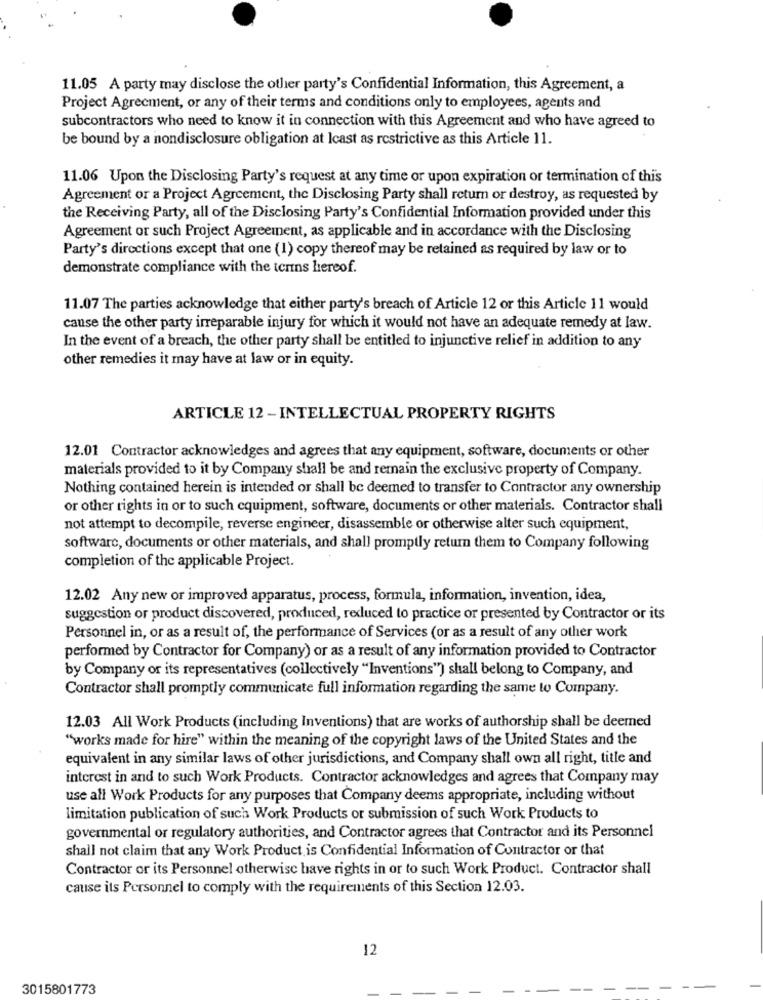
11.05 A party may disclose the other party's Confidential Information, this Agreement, a
Project Agreement, or any of their terms and conditions only to employees, agents and
subcontractors who need to know it in connection with this Agreement and who have agreed to
be bound by a nondisclosure obligation at least as restrictive as this Article 11.
11.06 Upon the Disclosing Party's request at any time or upon expiration or termination of this
Agreement or a Project Agreement, the Disclosing Party shall return or destroy, as requested by
the Receiving Party, all of the Disclosing Party's Confidential Information provided under this
Agreement or such Project Agreement, as applicable and in accordance with the Disclosing
Party's directions except that one (1) copy thereof may be retained as required by law or to
demonstrate compliance with the terns hereof.
11.07 The parties acknowledge that either party's breach of Article 12 or this Article 11 would
cause the other party irreparable injury for which it would not have an adequate remedy at law.
In the event of a breach, the other party shall be entitled to injunctive relief in addition to any
other remedies it may have at law or in equity.
ARTICLE 12 - INTELLECTUAL PROPERTY RIGHTS
12.01 Contractor acknowledges and agrees that any equipment, software, documents or other
materials provided to it by Company shall be and remain the exclusive property of Company.
Nothing contained herein is intended or shall be deemed to transfer to Contractor any ownership
or other rights in or to such equipment, software, documents or other materials. Contractor shall
not attempt to decompile, reverse engineer, disassemble or otherwise alter such equipment,
software, documents or other materials, and shall promptly return them to Company following
completion of the applicable Project.
12.02 Any new or improved apparatus, process, formula, information, invention, idea,
suggestion or product discovered, produced, reduced to practice or presented by Contractor or its
Personnel in, or as a result of, the performance of Services (or as a result of any other work
performed by Contractor for Company) or as a result of any information provided to Contractor
by Company or its representatives (collectively "Inventions") shall belong to Company, and
Contractor shall promptly communicate full information regarding the same to Company.
12.03 All Work Products (including Inventions) that are works of authorship shall be deemed
"works made for hire" within the meaning of the copyright laws of the United States and the
equivalent in any similar laws of other jurisdictions, and Company shall own all right, title and
interest in and to such Work Products. Contractor acknowledges and agrees that Company may
use all Work Products for any purposes that Company deems appropriate, including without
limitation publication of such Work Products or submission of such Work Products to
governmental or regulatory authorities, and Contractor agrees that Contractor and its Personnel
shall not claim that any Work Product is Confidential Information of Contractor or that
Contractor or its Personnel otherwise have rights in or to such Work Product. Contractor shall
cause its Personnel to comply with the requirements of this Section 12.03.
12
3015801773